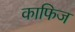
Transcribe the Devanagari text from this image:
काफिज